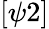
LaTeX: [\psi 2]